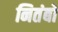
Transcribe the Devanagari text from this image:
नितंबो